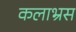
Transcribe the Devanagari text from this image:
कलाभ्रस